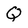
Character: Q